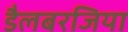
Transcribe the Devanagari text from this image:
डैलबरजिया